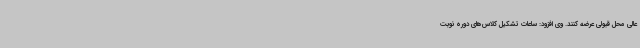
عالی محل قبولی عرضه کنند. وی افزود: ساعات تشکیل کلاس‌های دوره نوبت